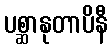
ပစ္ဆာနုတာပိနီ